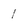
Character: 1